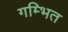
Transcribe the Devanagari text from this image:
गम्भित